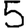
Digit: 5